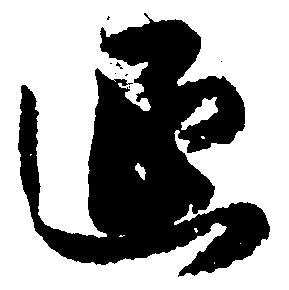
延